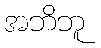
အဘိဘူ